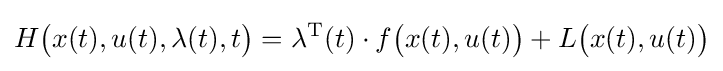
H{\big (}x(t),u(t),\lambda (t),t{\big )}=\lambda ^{\rm {T}}(t)\cdot f{\big (}x(t),u(t){\big )}+L{\big (}x(t),u(t){\big )}